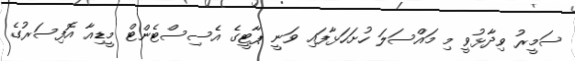
ސަމީރު ވިދާޅުވީ މި މައްސަލަ ހުށަހަޅާފައި ވަނީ ޕާޓީގެ އެސިސްޓެންޓް މީޑިއާ އޮފިސަރުގެ